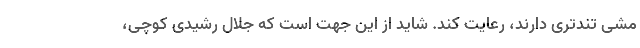
مشی تندتری دارند، رعایت كند. شاید از این جهت است كه جلال رشیدی كوچی،